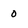
Character: 0